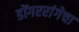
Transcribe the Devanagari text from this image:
डोंगररांगेचा